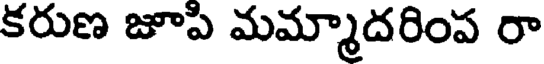
కరుణ జూపి మమ్మాదరింప రా